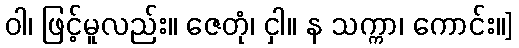
ဝါ၊ ဖြင့်မူလည်း။ ဇေတုံ၊ ငှါ။ န သက္ကာ၊ ကောင်း။]